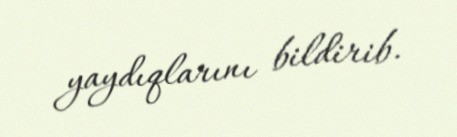
yaydıqlarını bildirib.